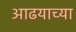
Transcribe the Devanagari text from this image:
आढयाच्या